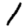
Digit: 1